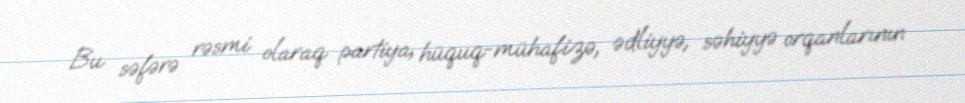
Bu səfərə rəsmi olaraq partiya, hüquq-mühafizə, ədliyyə, səhiyyə orqanlarının